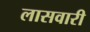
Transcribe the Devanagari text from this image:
लासवारी